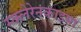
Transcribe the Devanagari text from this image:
स्क्लेरेनकाइमा